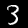
Digit: 3